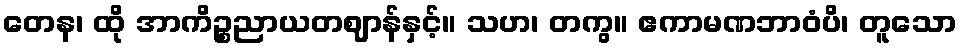
တေန၊ ထို အာကိဉ္စညာယတဈာန်နှင့်။ သဟ၊ တကွ။ ဧကာမဏဘာဝံပိ၊ တူသော